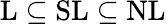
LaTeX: \mathrm{L}\subseteq\mathrm{SL}\subseteq\mathrm{NL}